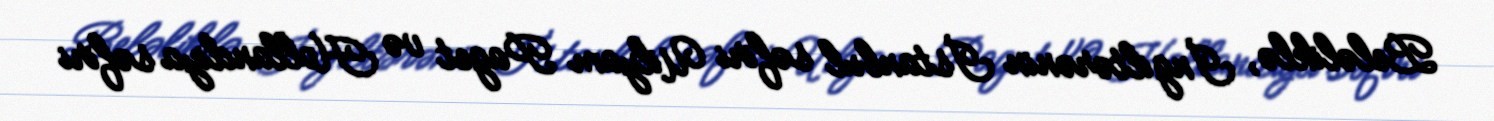
Beləliklə, İngiltərənin İstanbul səfiri Uilyam Paget və Hollandiya səfiri